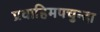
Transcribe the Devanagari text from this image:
प्रवाहिमपचुन्दा